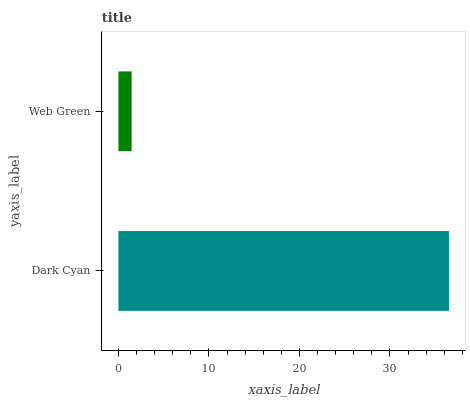
| yaxis_label | bars |
 | --- | --- |
 | Dark Cyan | 36.5 |
 | Web Green | 1.46 |